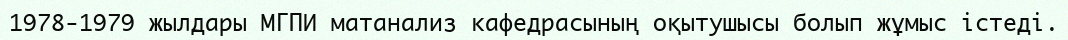
1978-1979 жылдары МГПИ матанализ кафедрасының оқытушысы болып жұмыс істеді.